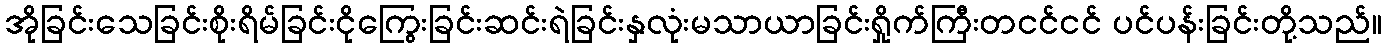
အိုခြင်းသေခြင်းစိုးရိမ်ခြင်းငိုကြွေးခြင်းဆင်းရဲခြင်းနှလုံးမသာယာခြင်းရှိုက်ကြီးတငင်ငင် ပင်ပန်းခြင်းတို့သည်။